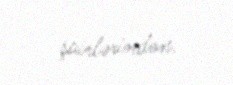
şairlərindən.